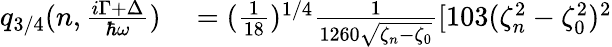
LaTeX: \begin{array}{rl}{q_{3/4}(n,\frac{i\Gamma+\Delta}{\hbar\omega})}&{{}=(\frac{1}{18})^{1/4}\frac{1}{1260\sqrt{\zeta_{n}-\zeta_{0}}}[103(\zeta_{n}^{2}-\zeta_{0}^{2})^{2}}\end{array}